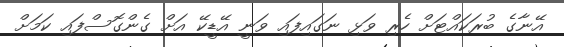
އޭނާގެ ބުރަކައްޓަށް ހެރި ވަޅި ނަގައިފައި ވަނީ އޭޑީކޭ އަށް ގެންގޮސްފައި ކަމަށް